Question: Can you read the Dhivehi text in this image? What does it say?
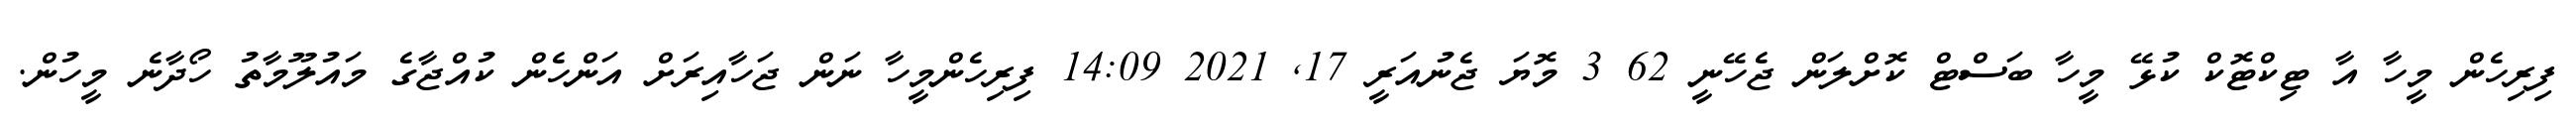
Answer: ފިރިހެން މީހާ އާ ޓިކްޓޮކް ކުޅޭ މީހާ ބަސްޓް ކޮށްލަން ޖެހޭނީ 62 3 މޮޔަ ޖެނުއަރީ 17, 2021 14:09 ފިރިހެންމީހާ ނަން ޖަހާއިރަށް އަންހެން ކުއްޖާގެ މައުލޫމާތު ހޯދާނެ މީހުން.